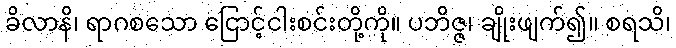
ခိလာနိ၊ ရာဂစသော ငြောင့်ငါးစင်းတို့ကို။ ပဘိဇ္ဇ၊ ချိုးဖျက်၍။ စရသိ၊